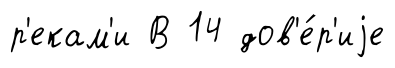
р'екам'и В 14 дов'е́р'иjе